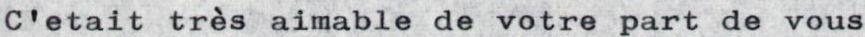
C'etait très aimable de votre part de vous